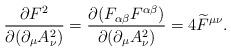
LaTeX: \begin{align*}\frac{\partial F^2}{\partial (\partial_\mu A_\nu^2)} =\frac{\partial(F_{\alpha\beta}F^{\alpha\beta})}{\partial (\partial_\mu A_\nu^2)}=4\widetilde{F}^{\mu\nu}.\end{align*}